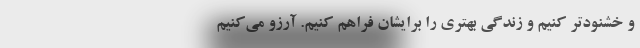
و خشنودتر‌ کنیم و زندگی بهتری را برایشان فراهم کنیم. آرزو می‌کنیم